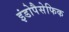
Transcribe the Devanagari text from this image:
इंडोपैसेफिक